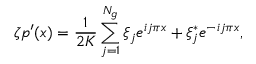
\zeta p ^ { \prime } ( x ) = \frac { 1 } { 2 K } \sum _ { j = 1 } ^ { N _ { g } } \xi _ { j } e ^ { i j \pi x } + \xi _ { j } ^ { * } e ^ { - i j \pi x } ,